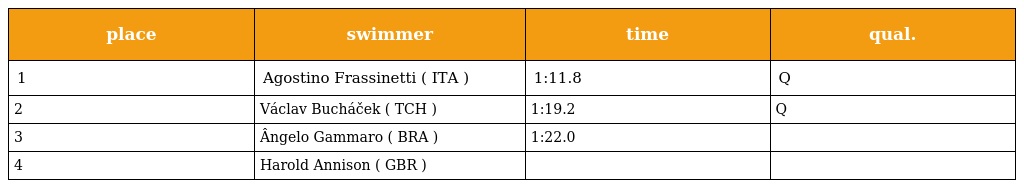
| place | swimmer | time | qual. |
 | --- | --- | --- | --- |
 | 1 | Agostino Frassinetti ( ITA ) | 1:11.8 | Q |
 | 2 | Václav Bucháček ( TCH ) | 1:19.2 | Q |
 | 3 | Ângelo Gammaro ( BRA ) | 1:22.0 |  |
 | 4 | Harold Annison ( GBR ) |  |  |